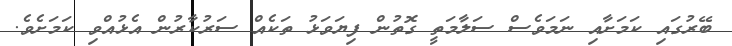
ބޭރުގައި ކަމަށާއި ނަމަވެސް ސަލާމަތީ ގޮތުން ފިޔަވަޅު ތަކެއް ސަރުކާރުން އެޅުއްވި ކަމަށެވެ.